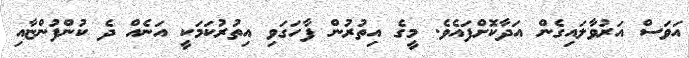
އަވަސް އަރުވާލައިގެން އަދާކޮށްފައެވެ. މީގެ އިތުރުން ފާހަގަވި އިތުރުކަމަކީ އަނެއް ދެ ކުންފުންޏާއި